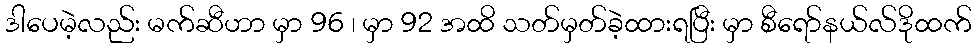
ဒါပေမဲ့လည်း မက်ဆီဟာ မှာ 96 ၊ မှာ 92 အထိ သတ်မှတ်ခဲ့ထားရပြီး မှာ စီရော်နယ်လ်ဒိုထက်